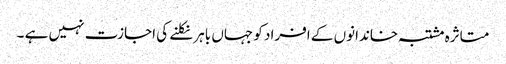
متاثرہ مشتبہ خاندانوں کے افراد کو جہاں باہر نکلنے کی اجازت نہیں ہے ۔